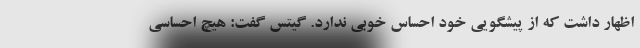
اظهار داشت که از پیشگویی خود احساس خوبی ندارد. گیتس گفت: هیچ احساسی